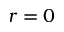
r = 0